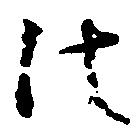
法